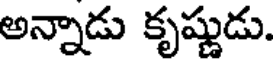
అన్నాడు కృష్ణుడు.